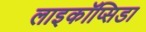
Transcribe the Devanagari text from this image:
लाइकॉप्सिडा